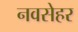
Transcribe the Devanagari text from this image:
नवसेहर